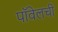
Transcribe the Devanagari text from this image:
पॉवेलची